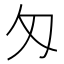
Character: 匁